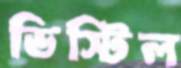
ডিস্টিল